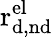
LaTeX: \mathrm{r_{d,nd}^{el}}